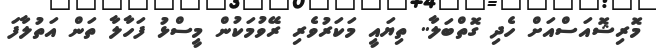
މޮރިޝޮއަސްއަށް ހެދި ގޮތްބަލާ.. ތިޔައީ މަކަރުވެރި ރޭވުމަކުން މީސްޅު ފަހާލާ ތަން އަތުލާފަ